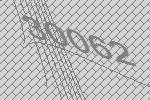
30062